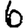
Digit: 6